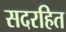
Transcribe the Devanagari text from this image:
सदरहित